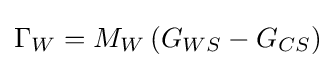
\Gamma _{W}=M_{W}\left(G_{WS}-G_{CS}\right)